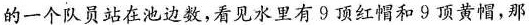
的一个队员站在池边数，看见水里有9顶红帽和9顶黄帽，那